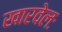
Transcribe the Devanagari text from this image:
खारवेलः